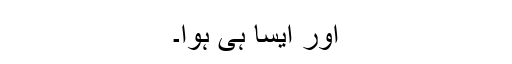
اور ایسا ہی ہوا۔